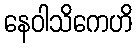
နေဝါသိကေဟိ